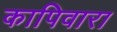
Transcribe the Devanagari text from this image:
कापिवारा